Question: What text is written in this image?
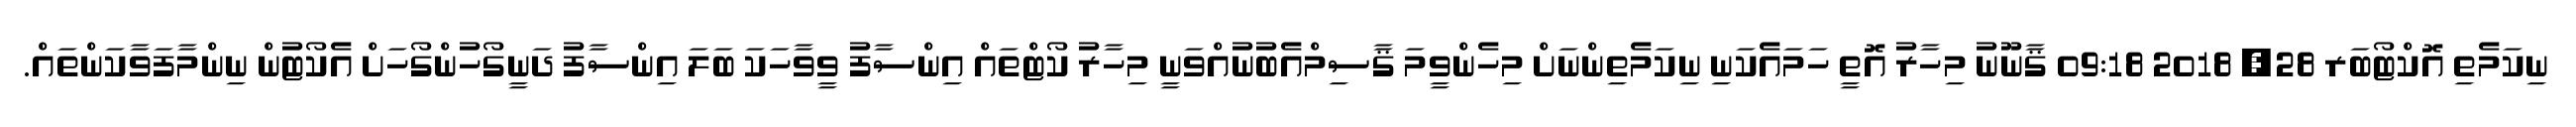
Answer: ނިކަމެތި އޮކްޓޯބަރ 28, 2018 09:18 ޤާނޫނު މިހާރު އޮތީ ހަމައެކަނި ނިކަމެތިންނަށް މިހެންވީމަ ޤާސިމްއެބުނުއްވަނީ މިހާރު ކޯޓްތައް އިންސާފު ވީވާހަކަ ބަލަ އިންސާފު ދަނީގޯހުންގޯހަށް އެކޯޓުން ނިންމާފަވާކަންތައް.